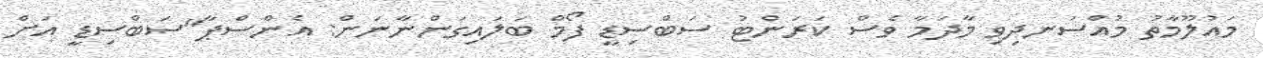
މައުލޫމާތު މުއްސަނދިވި މާދަމާ ވެސް ކަރަންޓު ސަބްސިޑީ ފޯމް ބަލައިގަންނާނަން: އެންސްޕާ"ސަބްސިޑީ އަށް